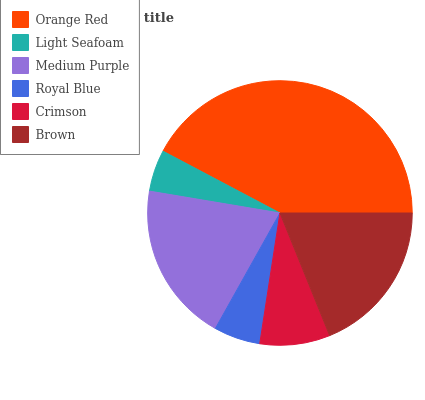
| Orange Red | Light Seafoam | Medium Purple | Royal Blue | Crimson | Brown |
 | --- | --- | --- | --- | --- | --- |
 | 42.3% | 5.08% | 19.5% | 5.67% | 8.55% | 18.9% |